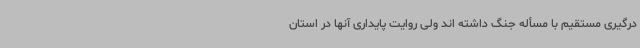
درگیری مستقیم با مسأله جنگ داشته اند ولی روایت پایداری آنها در استان